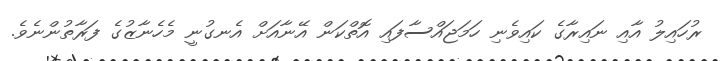
ރުހައިލު އާއި ނައިރާގެ ކައިވެނި ހަމަޖައްސާފައި އޮތްކަން އޭނާއަށް އެނގުނީ މެހެނާޒުގެ ފަރާތުންނެވެ.